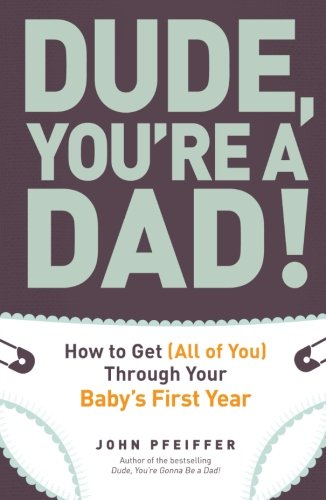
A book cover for Dude, You're a Dad!: How to Get (All of You) Through Your Baby's First Year; John Pfeiffer; Parenting & Relationships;